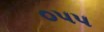
૦૫૫